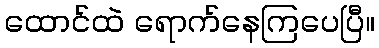
ထောင်ထဲ ရောက်နေကြပေပြီ။